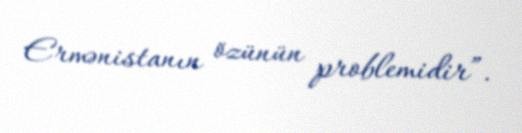
Ermənistanın özünün problemidir”.